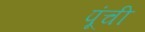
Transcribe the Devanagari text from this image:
पूंची